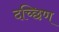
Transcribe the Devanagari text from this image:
दच्छिण